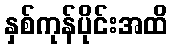
နှစ်ကုန်ပိုင်းအထိ